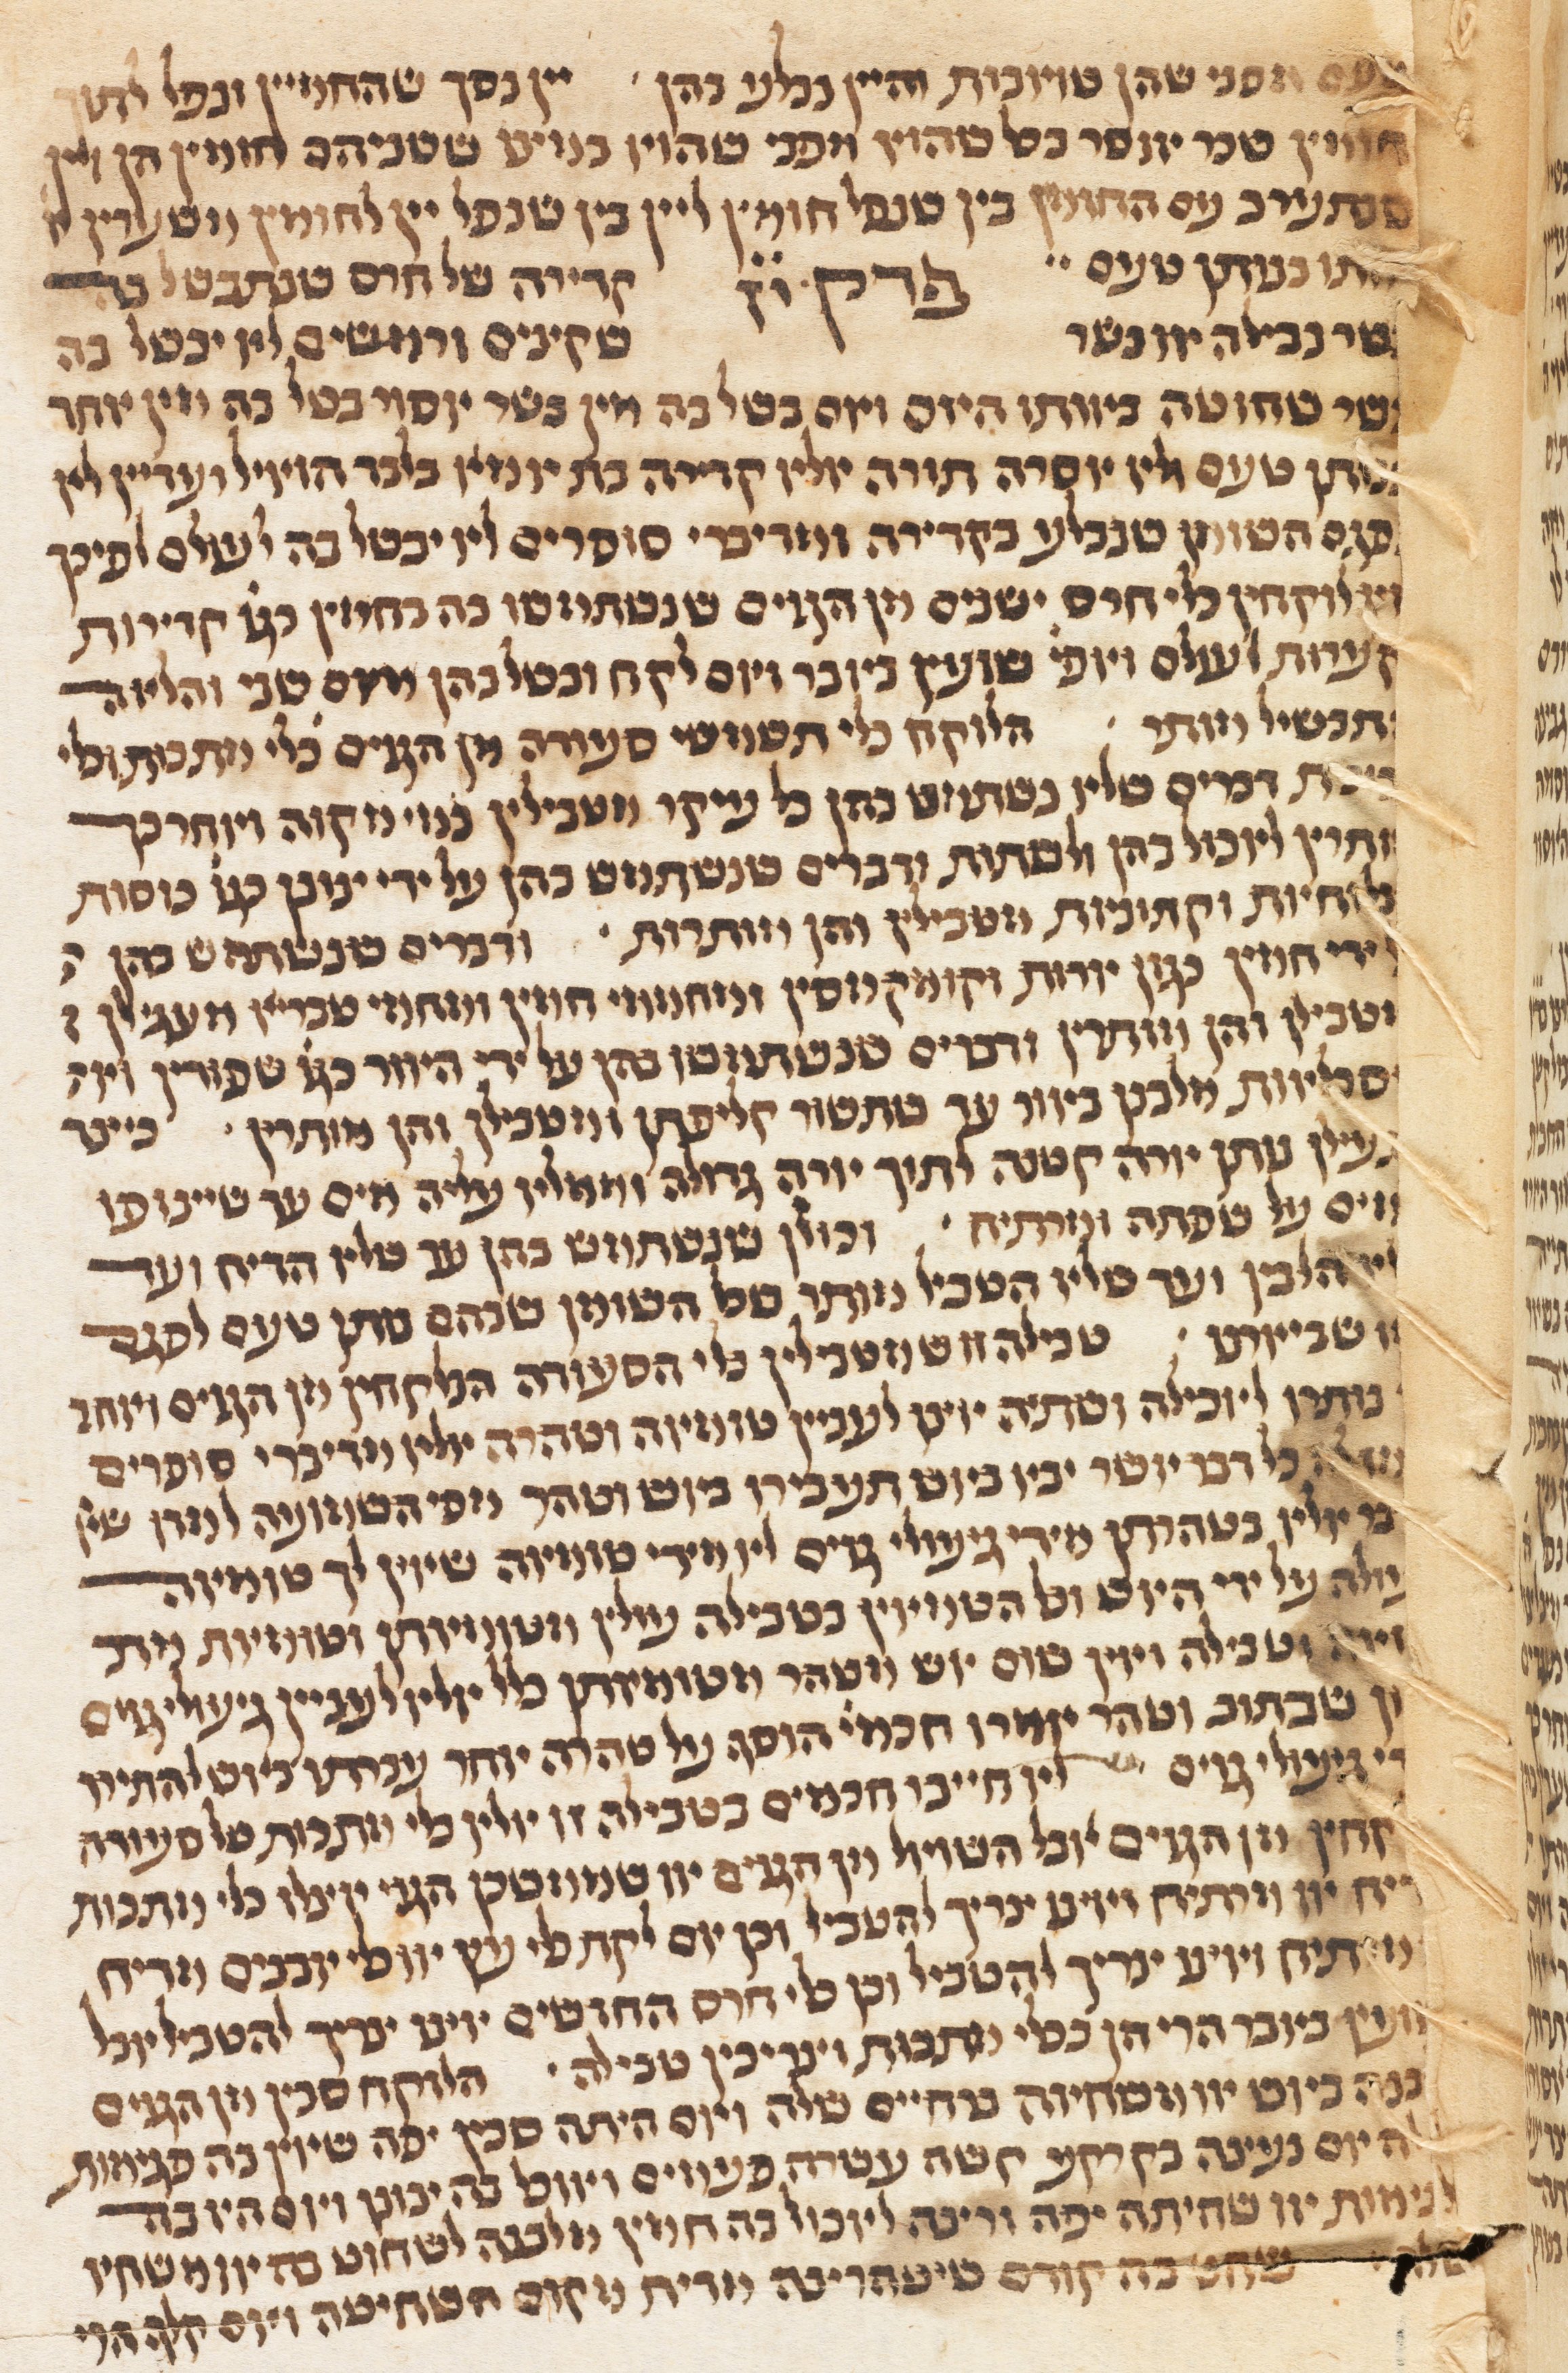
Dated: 1300–1349